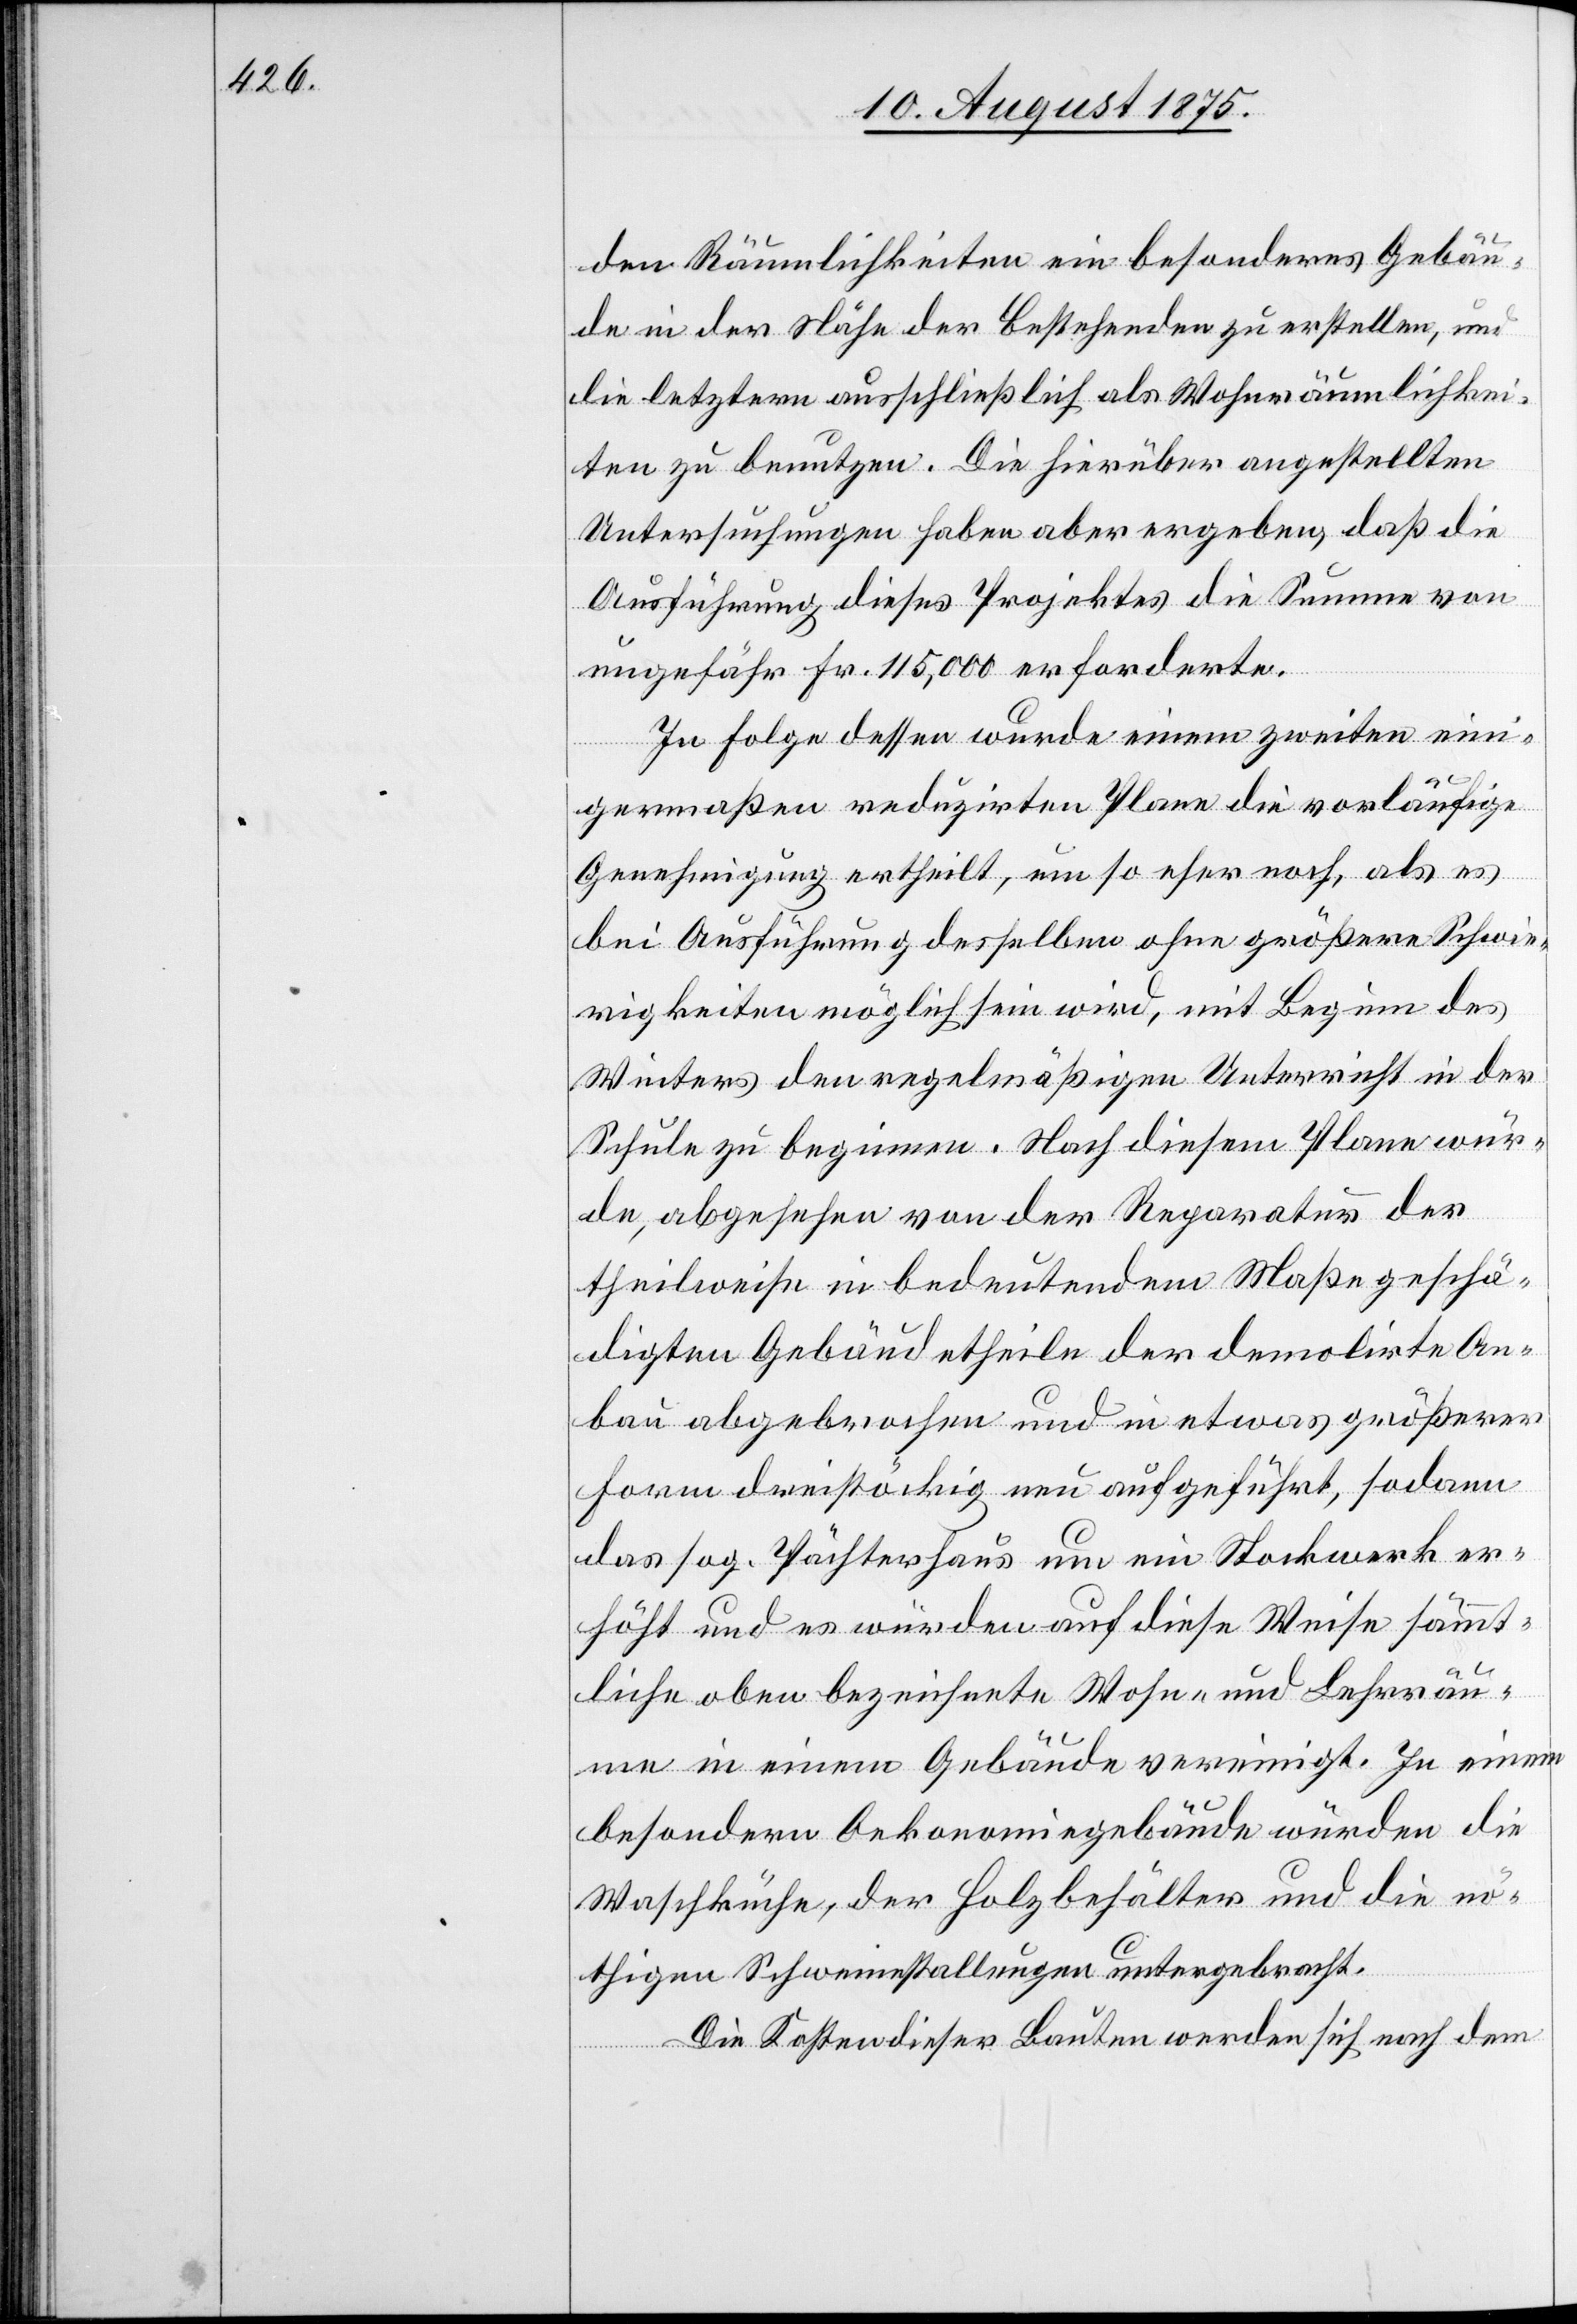
den Räumlichkeiten ein besonderes Gebäu¬
de in der Nähe der Bestehenden zu erstellen, und
die letztern ausschließlich als Wohnräumlichkei¬
ten zu benutzen. Die hierüber angestellten
Untersuchungen haben ergeben, daß die
Ausführung dieses Projektes die Summe von
ungefähr Fr. 115,000 erforderte.
In Folge dessen wurde einem zweiten eini¬
germaßen reduzirten Plane die vorläufige
Genehmigung ertheilt, um so eher noch, als es
bei Ausführung desselben ohne größere Schwie¬
rigkeiten möglich sein wird, mit Beginn des
Winters den regelmäßigen Unterricht in der
Schule zu beginnen. Nach diesem Plane wür¬
de, abgesehen von der Reparatur der
theilweise in bedeutendem Maße geschä¬
digten Gebäudetheile der demolirte An¬
bau abgebrochen und in etwas größerer
Form dreistöckig neu aufgeführt, sodann
das sog. Pächterhaus um ein Stockwerk er¬
höht und es würden auf diese Weise sämmt¬
liche oben bezeichnete Wohn- und Lehrräu¬
me in einem Gebäude vereinigt. In einem
besondern Oekonomiegebäude würden die
Waschküche, der Holzbehälter und die nö¬
thigen Schweinestallungen untergebracht.